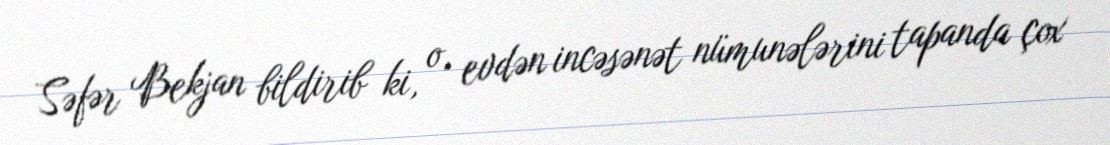
Səfər Bekjan bildirib ki, o, evdən incəsənət nümunələrini tapanda çox